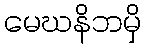
မေဃနိဘမှိ